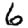
Digit: 6